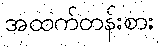
အထက်တန်းစား